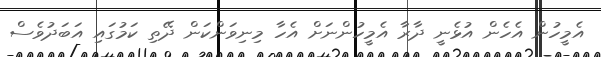
އެމީހުން އެހެން އުޅެނީ ދާރާ އެމީހުންނަށް އެހާ މިނިވަންކަން ދޭތި ކަމުގައި އަބަދުވެސް